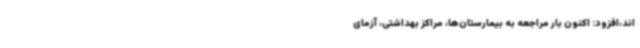
اند،افزود: اکنون بار مراجعه به بیمارستان‌ها، مراکز بهداشتی، آزمای